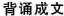
背诵成文